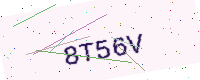
Text: 8T56V